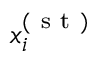
x _ { i } ^ { ( \mathrm { ~ s ~ t ~ } ) }